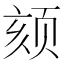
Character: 颏